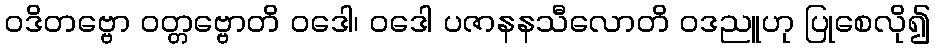
ဝဒိတဗ္ဗော ဝတ္တဗ္ဗောတိ ဝဒေါ၊ ဝဒေါ ပဇာနနသီလောတိ ဝဒညူဟု ပြုစေလို၍